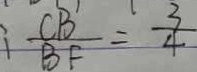
\frac { C B ^ { \prime } } { B F } = \frac { 3 } { 4 }